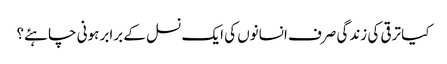
کیا ترقی کی زندگی صرف انسانوں کی ایک نسل کے برابر ہونی چاہئے؟